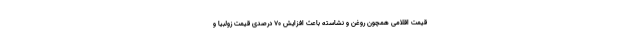
قیمت اقلامی همچون روغن و نشاسته باعث افزایش 70 درصدی قیمت زولبیا و